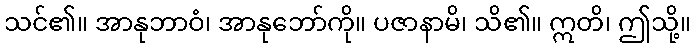
သင်၏။ အာနုဘာဝံ၊ အာနုဘော်ကို။ ပဇာနာမိ၊ သိ၏။ ဣတိ၊ ဤသို့။